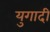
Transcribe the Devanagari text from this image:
युगादी